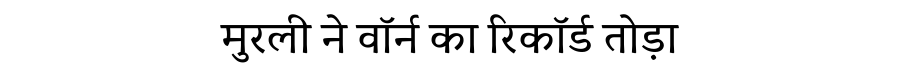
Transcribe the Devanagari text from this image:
मुरली ने वॉर्न का रिकॉर्ड तोड़ा